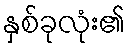
နှစ်ခုလုံး၏